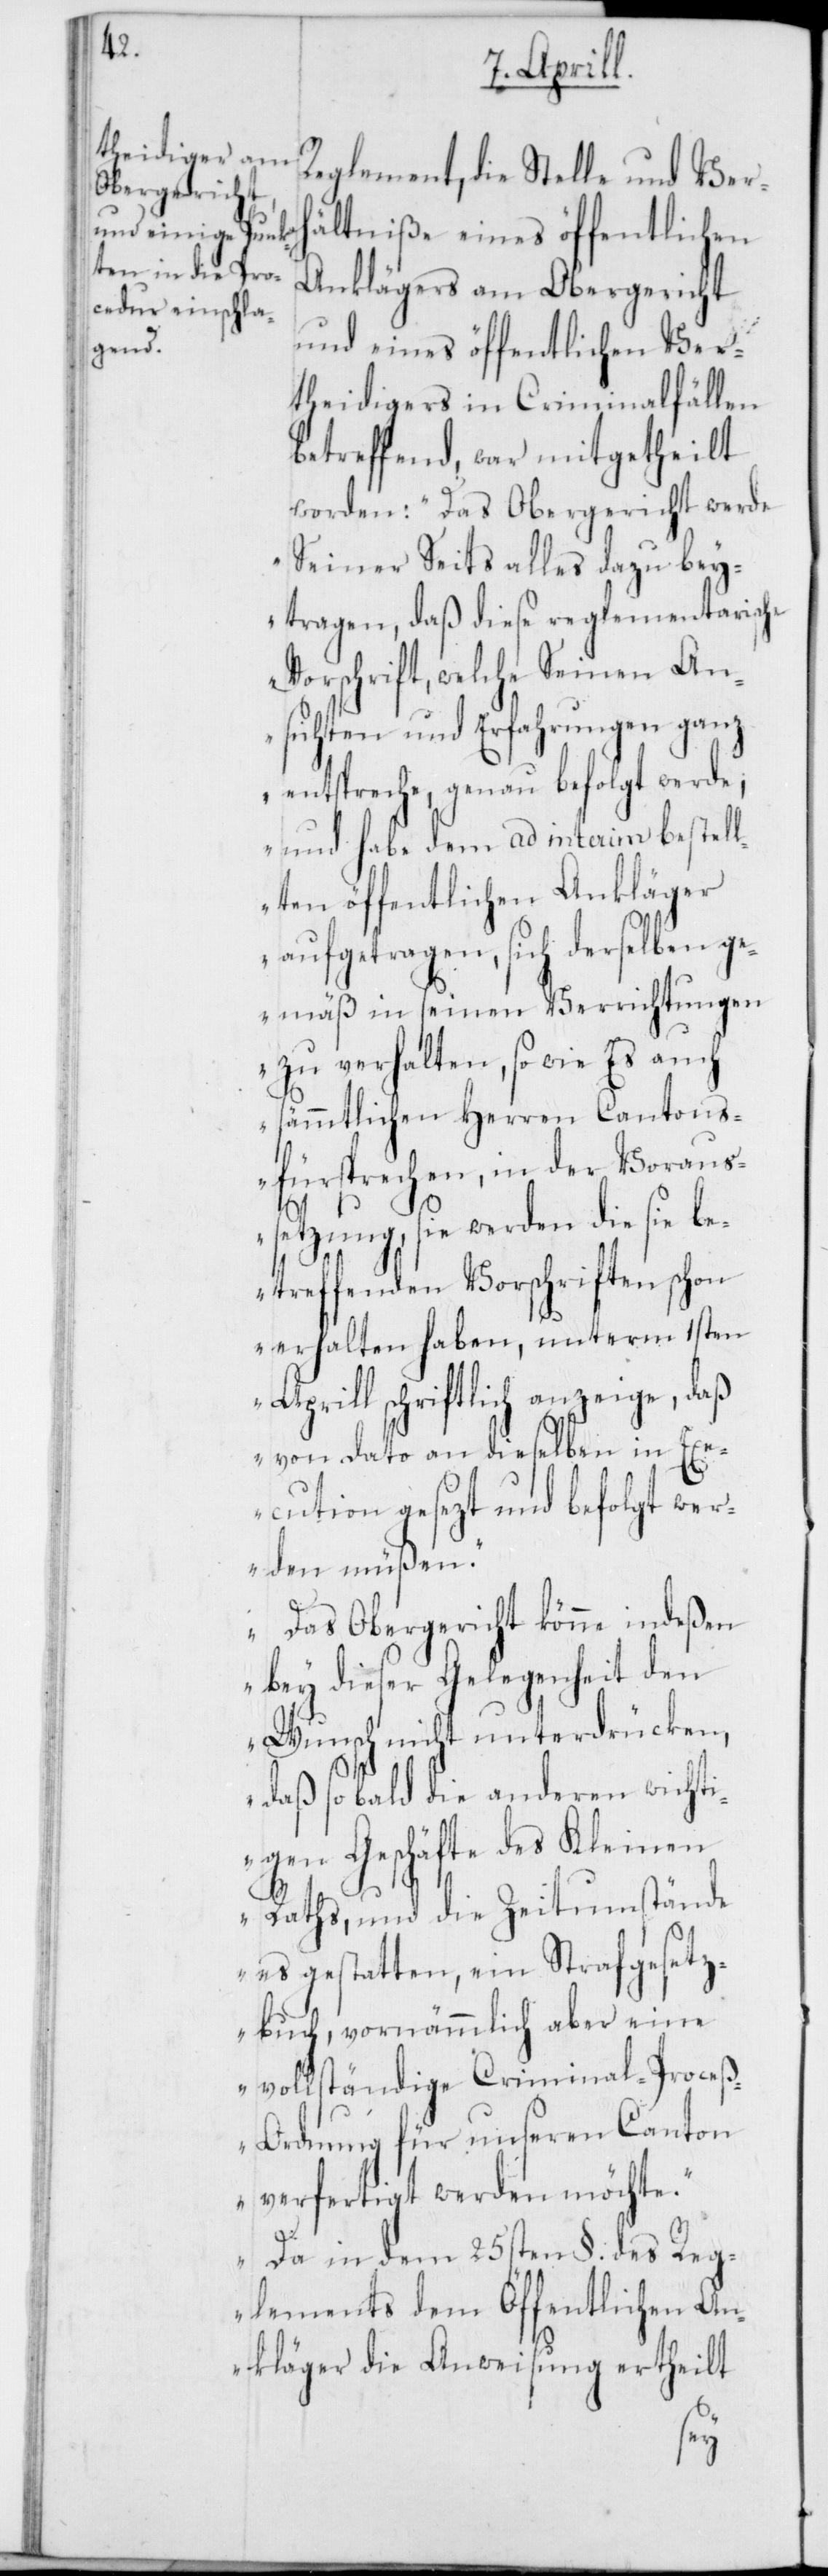
Reglement, die Stelle und Verh¬
ältniße eines öffentlichen
Anklägers am Obergericht
und eines öffentlichen Ver¬
theidigers in Criminalfällen
betreffend, war mitgetheilt
worden: „Das Obergericht werde
Seiner Seits alles dazu bey¬
tragen, daß diese reglementarische
Vorschrift, welche Seinen An¬
sichten und Erfahrungen ganz
entspreche, genau befolgt werde;
und habe dem ad interim bestell¬
ten öffentlichen Ankläger
aufgetragen, sich derselben ge¬
mäß in seinen Verrichtungen
zu verhalten, so wie Es auch
sämmtlichen Herren Cantons¬
fürsprechen, in der Voraus¬
setzung, sie werden die sie be¬
treffenden Vorschriften schon
erhalten haben, unterm 1sten
Aprill schriftlich anzeige, daß
von dato an dieselben in Exe¬
cution gesezt und befolgt wer¬
den müßen.“
„Das Obergericht könne indeßen
bey dieser Gelegenheit den
Wunsch nicht unterdrücken,
daß sobald die anderen wichti¬
gen Geschäfte des Kleinen
Raths, und die Zeitumstände
es gestatten, ein Strafgesetz¬
buch, vornämmlich aber eine
vollständige Criminal-Proze¬
ß-Ordnung für unseren Canton
verfertigt werden möchte.“
„Da in dem 25sten §. des Reg¬
lements dem Öffentlichen An¬
kläger die Anweisung ertheilt